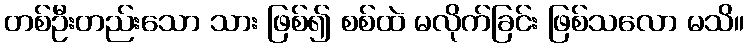
တစ်ဦးတည်းသော သား ဖြစ်၍ စစ်ထဲ မလိုက်ခြင်း ဖြစ်သလော မသိ။